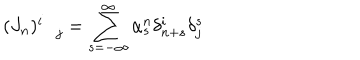
LaTeX: ( J _ { n } ) _ { \quad j } ^ { i } = \sum _ { s = - \infty } ^ { \infty } \alpha _ { s } ^ { n } \delta _ { n + s } ^ { i } \delta _ { j } ^ { s }